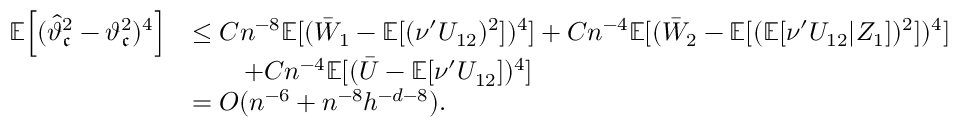
\begin{array} { r l } { \mathbb { E } \Big [ ( \widehat { \vartheta } _ { \mathfrak { c } } ^ { 2 } - \vartheta _ { \mathfrak { c } } ^ { 2 } ) ^ { 4 } \Big ] } & { \leq C n ^ { - 8 } \mathbb { E } [ ( \bar { W } _ { 1 } - \mathbb { E } [ ( \nu ^ { \prime } U _ { 1 2 } ) ^ { 2 } ] ) ^ { 4 } ] + C n ^ { - 4 } \mathbb { E } [ ( \bar { W } _ { 2 } - \mathbb { E } [ ( \mathbb { E } [ \nu ^ { \prime } U _ { 1 2 } | Z _ { 1 } ] ) ^ { 2 } ] ) ^ { 4 } ] } \\ & { \qquad + C n ^ { - 4 } \mathbb { E } [ ( \bar { U } - \mathbb { E } [ \nu ^ { \prime } U _ { 1 2 } ] ) ^ { 4 } ] } \\ & { = O ( n ^ { - 6 } + n ^ { - 8 } h ^ { - d - 8 } ) . } \end{array}